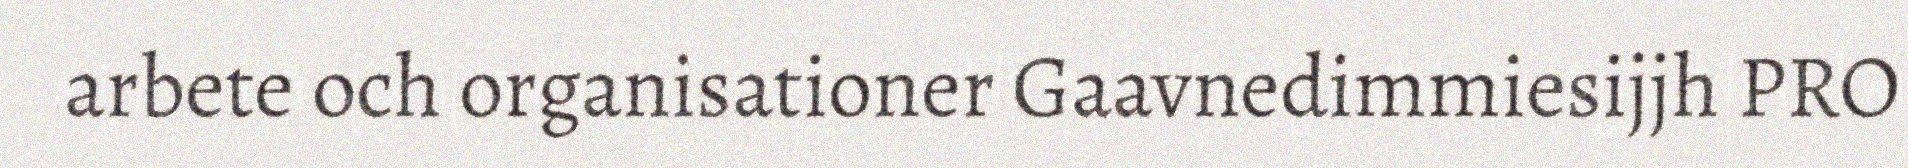
arbete och organisationer Gaavnedimmiesijjh PRO